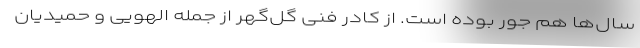
سال‌ها هم جور بوده است. از کادر فنی گل‌گهر از جمله الهویی و حمیدیان